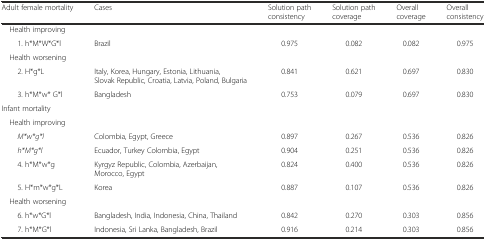
| Adult female mortality | Cases | Solution path consistency | Solution path coverage | Overall coverage | Overall consistency |
 | --- | --- | --- | --- | --- | --- |
 | Health improving |  |  |  |  |  |
 | 1. h*M*W*G*l | Brazil | 0.975 | 0.082 | 0.082 | 0.975 |
 | Health worsening |  |  |  |  |  |
 | 2. H*g*L | Italy, Korea, Hungary, Estonia, Lithuania, Slovak Republic, Croatia, Latvia, Poland, Bulgaria | 0.841 | 0.621 | 0.697 | 0.830 |
 | 3. h*M*w* G*l | Bangladesh | 0.753 | 0.079 | 0.697 | 0.830 |
 | Infant mortality |  |  |  |  |  |
 | Health improving |  |  |  |  |  |
 | M*w*g*l | Colombia, Egypt, Greece | 0.897 | 0.267 | 0.536 | 0.826 |
 | h*M*g*l | Ecuador, Turkey Colombia, Egypt | 0.904 | 0.251 | 0.536 | 0.826 |
 | 4. h*M*w*g | Kyrgyz Republic, Colombia, Azerbaijan, Morocco, Egypt | 0.824 | 0.400 | 0.536 | 0.826 |
 | 5. H*m*w*g*L | Korea | 0.887 | 0.107 | 0.536 | 0.826 |
 | Health worsening |  |  |  |  |  |
 | 6. h*w*G*l | Bangladesh, India, Indonesia, China, Thailand | 0.842 | 0.270 | 0.303 | 0.856 |
 | 7. h*M*G*l | Indonesia, Sri Lanka, Bangladesh, Brazil | 0.916 | 0.214 | 0.303 | 0.856 |